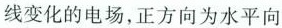
线变化的电场，正方向为水平向